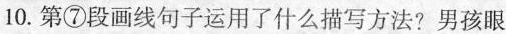
10.第⑦段画线句子运用了什么描写方法?男孩眼